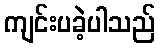
ကျင်းပခဲ့ပါသည်